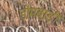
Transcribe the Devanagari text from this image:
डोमबाड़ी